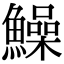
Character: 鱢